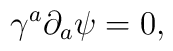
\gamma ^a\partial _a\psi =0,